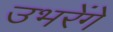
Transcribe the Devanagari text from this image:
उभरेंगे